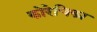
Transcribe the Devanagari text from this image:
कोरेचिका